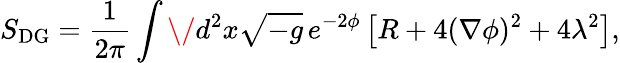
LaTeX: S_{\mathrm{{DG}}}=\frac{1}{2\pi}\int\/ d^{2}x\sqrt{-g}\, e^{-2\phi}\left[R+4(\nabla\phi)^{2}+4\lambda^{2}\right],